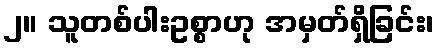
၂။ သူတစ်ပါးဥစ္စာဟု အမှတ်ရှိခြင်း၊